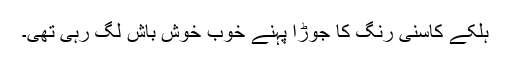
ہلکے کاسنی رنگ کا جوڑا پہنے خوب خوش باش لگ رہی تھی۔